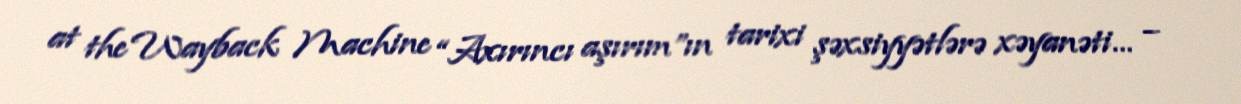
at the Wayback Machine “Axırıncı aşırım”ın tarixi şəxsiyyətlərə xəyanəti… –